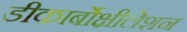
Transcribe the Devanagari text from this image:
डीकार्बोक्षीलेशन